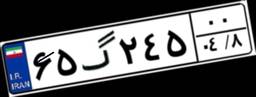
۶۵گ۲۴۵۰۰